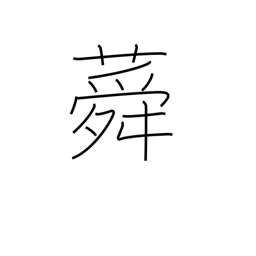
Meaning: althea